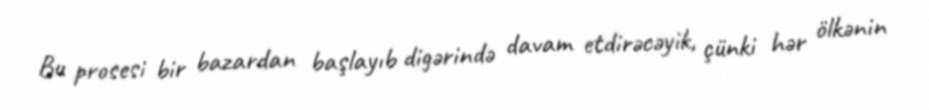
Bu prosesi bir bazardan başlayıb digərində davam etdirəcəyik, çünki hər ölkənin